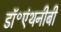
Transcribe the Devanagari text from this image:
डॉ॰एंथनीबी